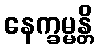
နေက္ခမ္မန္တိ